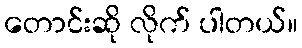
တောင်းဆို လိုက် ပါတယ်။